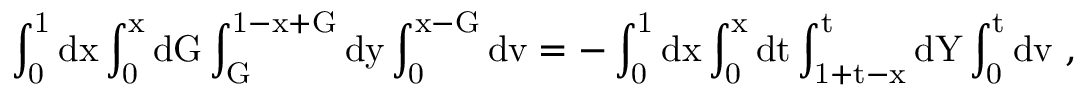
\mathrm { \int _ { 0 } ^ { 1 } d x \int _ { 0 } ^ { x } d G \int _ { G } ^ { 1 - x + G } d y \int _ { 0 } ^ { x - G } d v = - \int _ { 0 } ^ { 1 } d x \int _ { 0 } ^ { x } d t \int _ { 1 + t - x } ^ { t } d Y \int _ { 0 } ^ { t } d v ~ , }